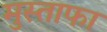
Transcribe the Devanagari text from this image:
मुस्ताफा